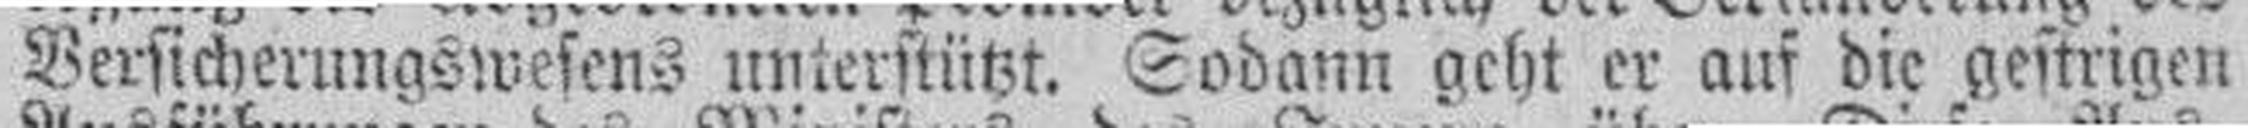
Versicherungswesens unterstützt. Sodann geht er auf die gestrigen